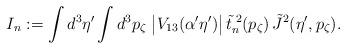
LaTeX: \begin{align*}I_n := \int d^3 \eta' \int d^3 p_\zeta \; \bigl| V_{13}(\alpha' \eta')\bigr| \,{\tilde t}^{\; 2}_n (p_\zeta) \, {\tilde J}^2 (\eta', p_\zeta) . \end{align*}